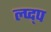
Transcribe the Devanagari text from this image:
ल्प्द्प